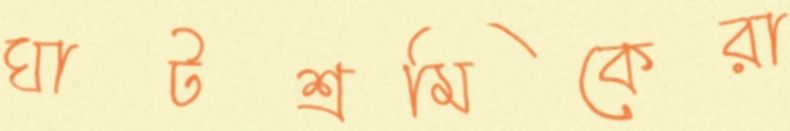
ঘাটশ্রমিকেরা